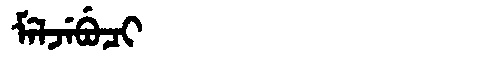
Manchu: ᠮᡝᠯᠵᡝᠪᡠᠴᡳ
Romanization: MELJEBUCI